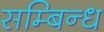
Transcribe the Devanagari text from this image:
सम्बिन्ध